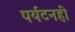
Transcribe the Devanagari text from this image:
पर्यटनही